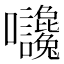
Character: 𡆙